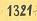
1321